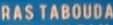
RAS TABOUDA